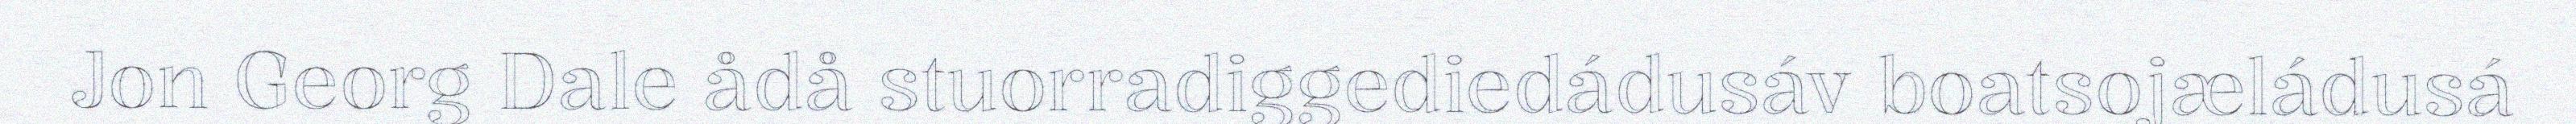
Jon Georg Dale ådå stuorradiggediedádusáv boatsojæládusá